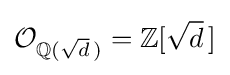
{\mathcal {O}}_{\mathbb {Q} ({\sqrt {d}}\,)}=\mathbb {Z} [{\sqrt {d}}\,]